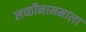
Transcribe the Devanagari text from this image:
लच्छीनाममाला